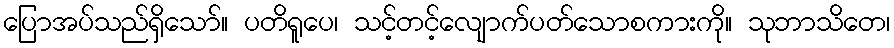
ပြောအပ်သည်ရှိသော်။ ပတိရူပေ၊ သင့်တင့်လျောက်ပတ်သောစကားကို။ သုဘာသိတေ၊